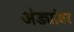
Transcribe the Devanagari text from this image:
अंड्यांवर